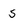
Character: s